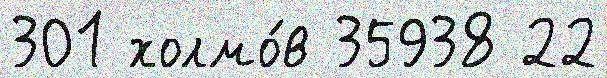
301 холмо́в 35938 22